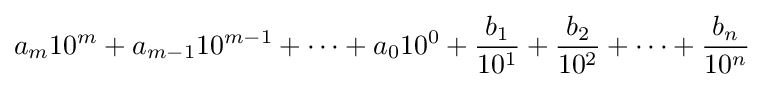
a_{m}10^{m}+a_{m-1}10^{m-1}+\cdots +a_{0}10^{0}+{\frac {b_{1}}{10^{1}}}+{\frac {b_{2}}{10^{2}}}+\cdots +{\frac {b_{n}}{10^{n}}}